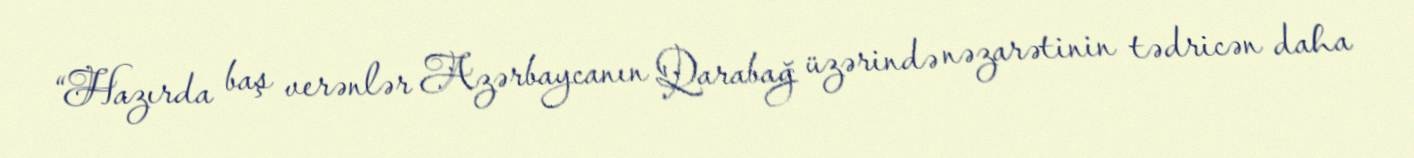
“Hazırda baş verənlər Azərbaycanın Qarabağ üzərində nəzarətinin tədricən daha